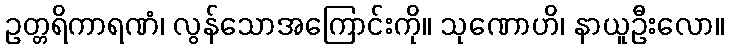
ဥတ္တရိကာရဏံ၊ လွန်သောအကြောင်းကို။ သုဏောဟိ၊ နာယူဦးလော။